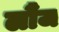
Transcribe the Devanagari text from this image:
लौंज